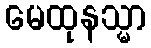
မေထုနသ္မာ